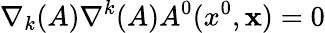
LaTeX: \nabla_{k}(A)\nabla^{k}(A)A^{0}(x^{0},{\mathbf x})=0